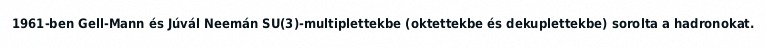
1961-ben Gell-Mann és Júvál Neemán SU(3)-multiplettekbe (oktettekbe és dekuplettekbe) sorolta a hadronokat.